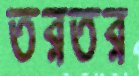
তরতর